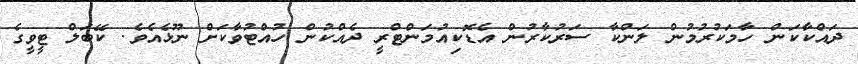
ދައްކާކަން ހާމަކުރުމުން ލަންކާ ސަރުކާރުން އެޑޮކިއުމަންޓްރީ ދެއްކުން ހުއްޓުވާކަށް ނޫޅެއެވެ. ކޭބަލް ޓީވީގެ